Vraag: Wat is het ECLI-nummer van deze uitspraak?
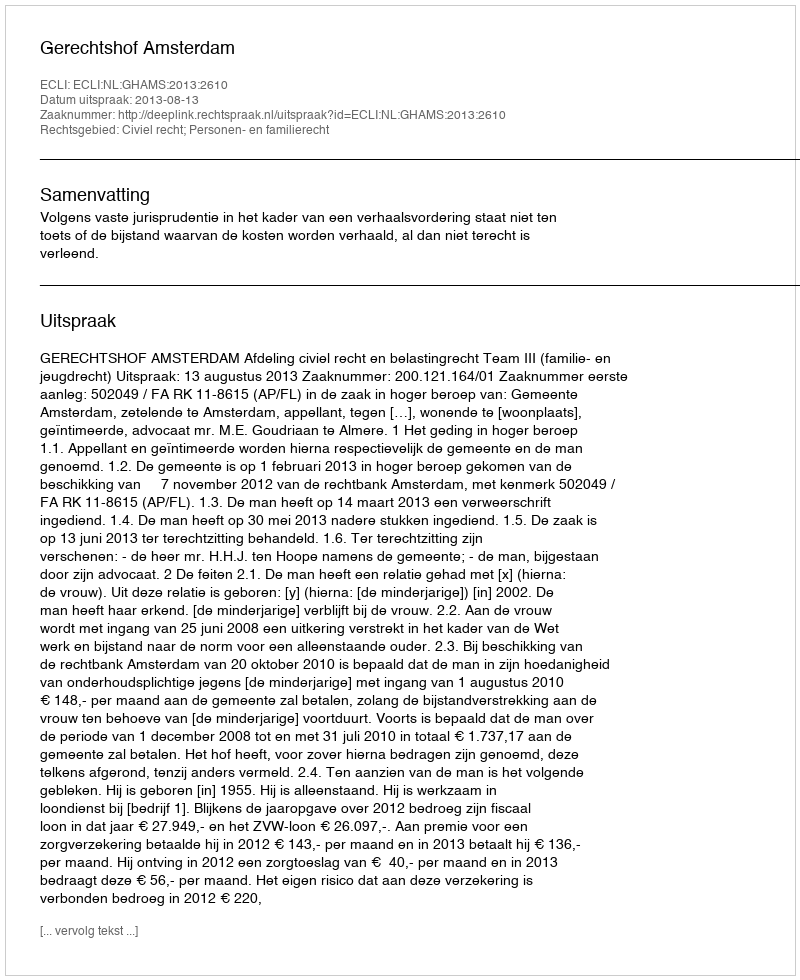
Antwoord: ECLI:NL:GHAMS:2013:2610